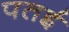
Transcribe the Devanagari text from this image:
पतई